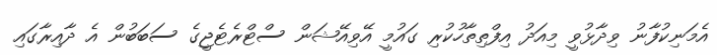
އެމަނިކުފާނު ވިދާޅުވީ މިއަދު އިފްތިތާހުކުރި ގައުމީ އޭވިއޭޝަން ސްޓްރެޓެޖީގެ ސަބަބުން އެ ދާއިރާގައި